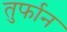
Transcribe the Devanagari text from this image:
तुर्फान